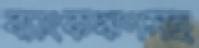
ব্যাংকঋণসহ